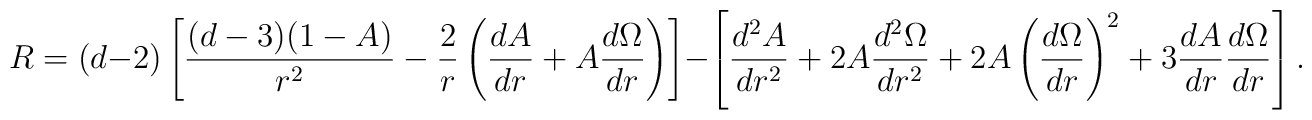
R=(d-2)\left[\frac{(d-3)(1-A)}{r^2}-\frac{2}{r}\left(\frac{dA}{dr}+A\frac{d\Omega}{dr}\right)\right]-\left[\frac{d^2A}{dr^2}+2A\frac{d^2\Omega}{dr^2}+2A\left(\frac{d\Omega}{dr}\right)^2+3\frac{dA}{dr}\frac{d\Omega}{dr}\right].